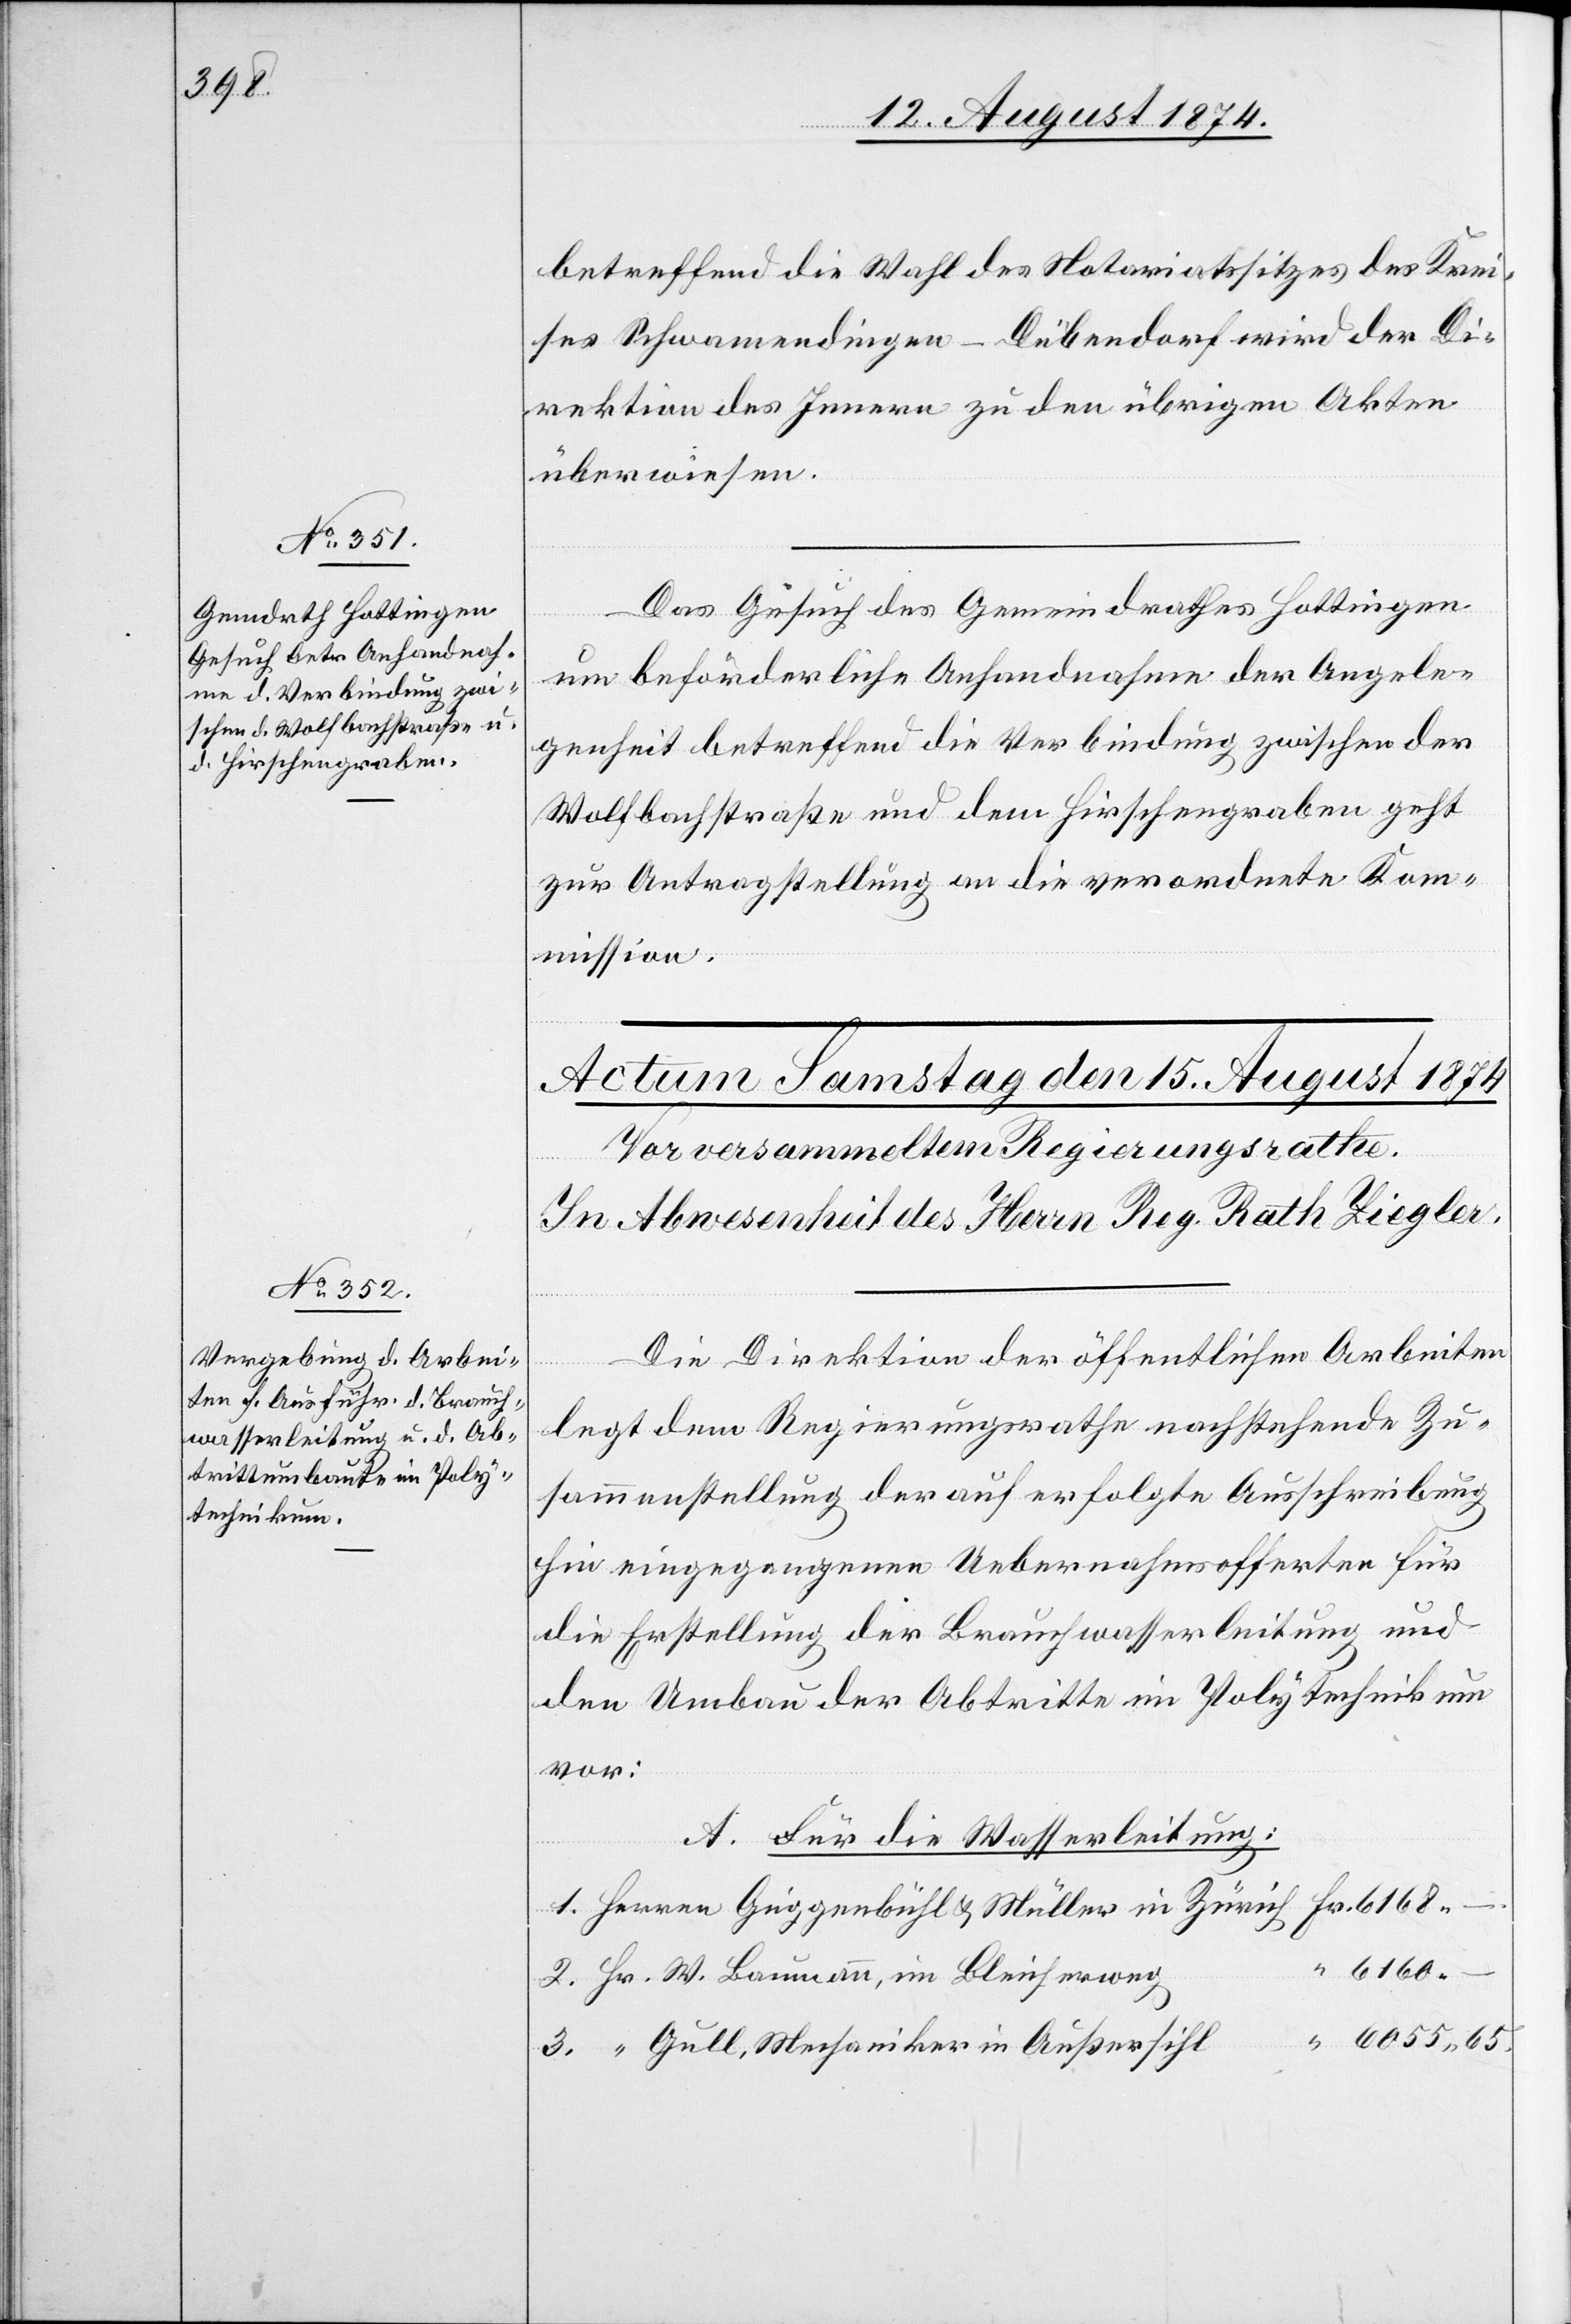
14. August 1874.]
betreffend die Wahl des Notariatssitzes des Krei¬
ses Schwamendingen-Dübendorf wird der Di¬
rektion des Innern zu den übrigen Akten
überwiesen.
Das Gesuch des Gemeindrathes Hottingen
im Bleicheweg
um beförderliche Anhandnahme der Angele¬
genheit betreffend die Verbindung zwischen der
Wolfbachstraße und dem Hirschengraben geht
zur Antragstellung an die verordnete Kom¬
mission.
Die Direktion der öffentlichen Arbeiten
u.
legt dem Regierungsrathe nachstehende Zu¬
sammenstellung der auf erfolgte Ausschreibung
hin eingegangenen Uebernahmsofferten für
die Erstellung der Brauchwasserleitung und
den Umbau der Abtritte im Polytechnikum
vor:
A. Für die Wasserleitung:
6168.
6160.
Gull, Mechaniker in Außersihl